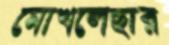
মোখলেছার